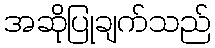
အဆိုပြုချက်သည်